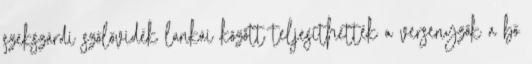
szekszárdi szőlővidék lankái között teljesíthették a versenyzők a bő